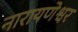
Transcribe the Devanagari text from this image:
नारायणेश्वर